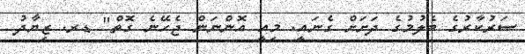
ސަރުކާރުގެ ބެލުމުގެ ދަށަށް ގެނައީ. މިއީ އޮންނަން ޖެހޭނެ ގޮތް" ޑރ. ޒިޔާދު